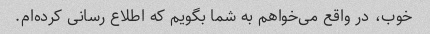
خوب، در واقع می‌خواهم به شما بگویم که اطلاع رسانی کرده‌ام.